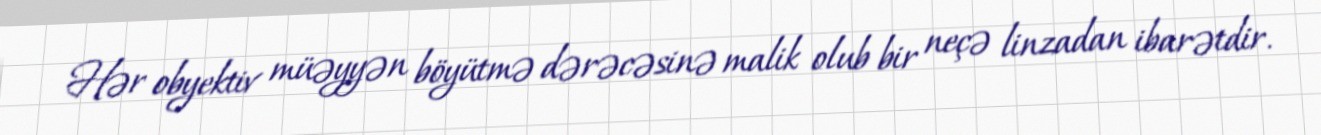
Hər obyektiv müəyyən böyütmə dərəcəsinə malik olub bir neçə linzadan ibarətdir.